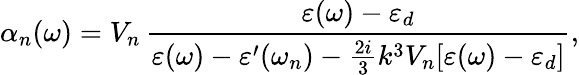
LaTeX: \alpha_{n}(\omega)=V_{n}\, \frac{\varepsilon(\omega)-\varepsilon_{d}}{\varepsilon(\omega)-\varepsilon^{\prime}(\omega_{n})-\frac{2i}{3}k^{3}V_{n}[\varepsilon(\omega)-\varepsilon_{d}]},